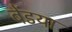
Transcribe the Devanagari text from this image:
बेंडया